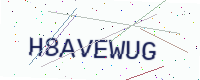
Text: H8AVEWUG